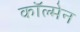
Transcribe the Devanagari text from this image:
काॅल्मेन